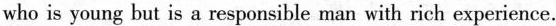
who is young but is a responsible man with rich experience.